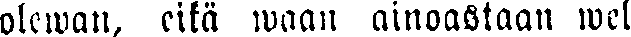
olewan, eikä waan ainoastaan wel